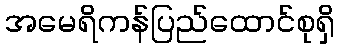
အမေရိကန်ပြည်ထောင်စုရှိ